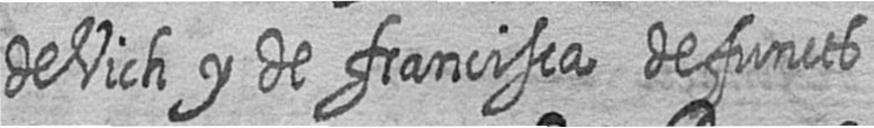
de Vich y de francisca defuncts